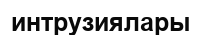
интрузиялары